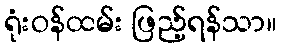
ရုံးဝန်ထမ်း ဖြည့်ရန်သာ။